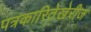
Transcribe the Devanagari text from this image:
पत्रकारितेखेरीज